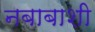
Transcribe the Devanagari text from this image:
नबाबाशी